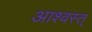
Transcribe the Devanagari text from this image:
आश्वस्त्